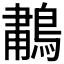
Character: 𫛆